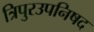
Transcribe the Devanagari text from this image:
त्रिपुरउपनिषद